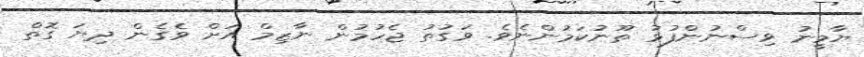
ޔާމީނު ވިސްނުންފުޅު ތޫނުކަމުންނެވެ. ވަގުތު ޖެހުމުން ނާޒިމް އަށް ވެގެން ދިޔަ ގޮތް